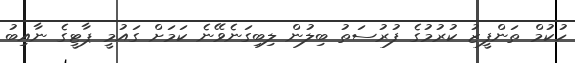
ހުކުމް ތަންފީޒު ކުރުމުގެ ފުރުސަތު ބިލުން ލިބިގަނެވޭނެ ކަމަށް ގައުމީ ޕާޓީގެ ނާއިބު